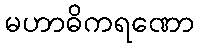
မဟာဓိကရဏော